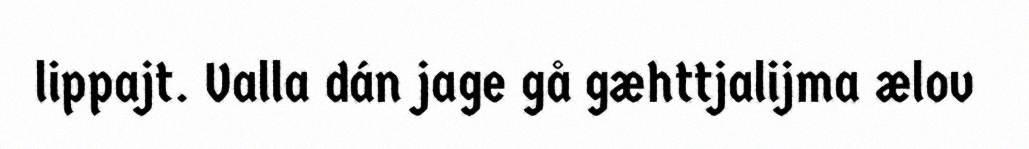
lippajt. Valla dán jage gå gæhttjalijma ælov